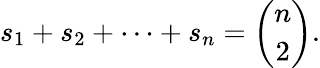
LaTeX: s_{1}+s_{2}+\cdots+s_{n}={\binom{n}{2}}.